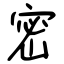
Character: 密